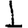
Digit: 1